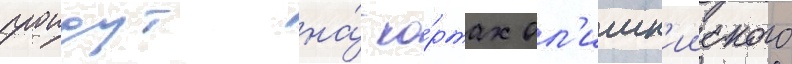
проидут на́ ко́ртах ол'имп'ииского